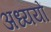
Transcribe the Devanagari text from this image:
अध्ययों